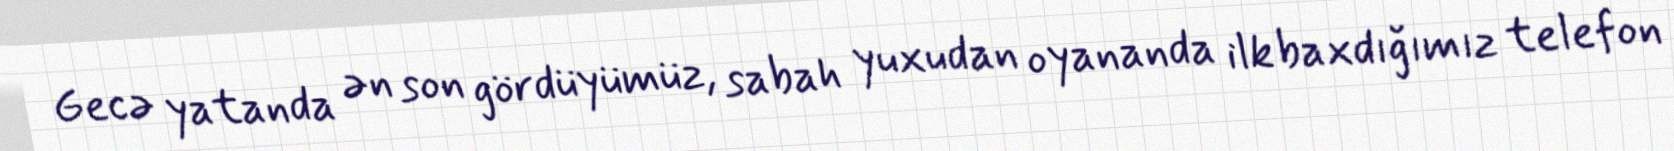
Gecə yatanda ən son gördüyümüz, sabah yuxudan oyananda ilk baxdığımız telefon